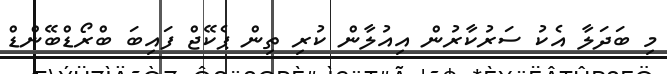
މި ބަދަލާ އެކު ސަރުކާރުން އިއުލާން ކުރި ތިން ޕެކޭޖް ފައިބަ ބްރޯޑްބޭންޑް